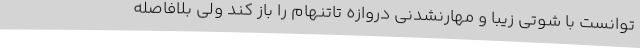
توانست با شوتی زیبا و مهارنشدنی دروازه تاتنهام را باز کند ولی بلافاصله